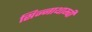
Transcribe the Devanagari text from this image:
सिन्नाथाम्बी